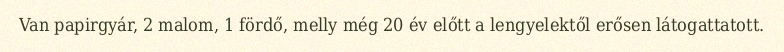
Van papirgyár, 2 malom, 1 fördő, melly még 20 év előtt a lengyelektől erősen látogattatott.